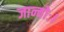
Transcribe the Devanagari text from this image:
जान्वोः।